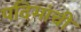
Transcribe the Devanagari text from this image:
पदिमांची